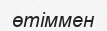
өтіммен